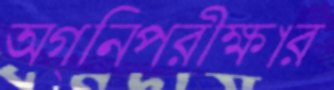
অগ্নিপরীক্ষার